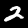
Label: 2